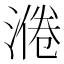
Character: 𱨅